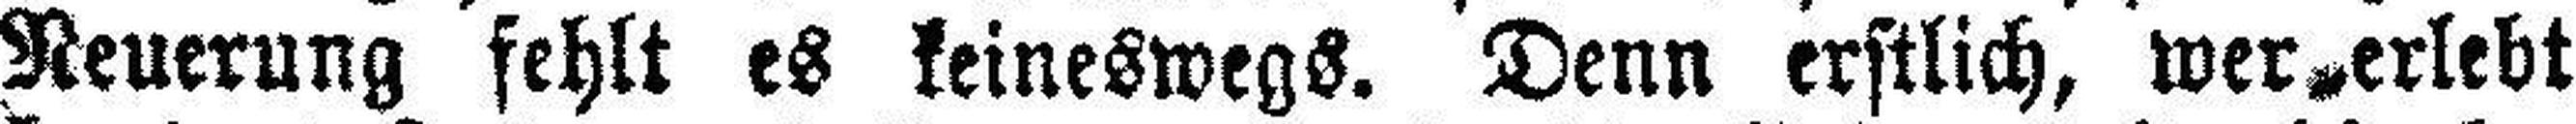
Neuerung fehlt es keineswegs. Denn erstlich, wer erlebt